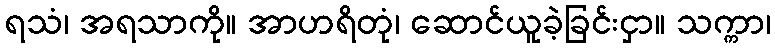
ရသံ၊ အရသာကို။ အာဟရိတုံ၊ ဆောင်ယူခဲ့ခြင်းငှာ။ သက္ကာ၊